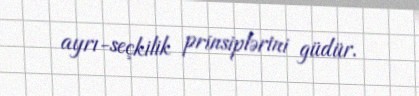
ayrı-seçkilik prinsiplərini güdür.